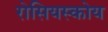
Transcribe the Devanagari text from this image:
रोसियस्कोय